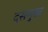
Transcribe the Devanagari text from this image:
दसमुख